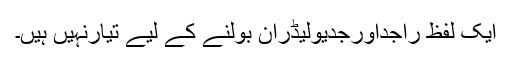
ایک لفظ راجداورجدیولیڈران بولنے کے لیے تیارنہیں ہیں۔